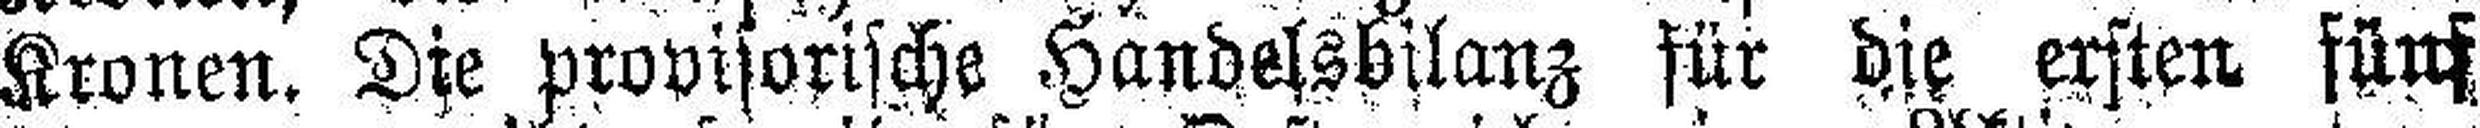
Kronen. Die provisorische Handelsbilanz für die ersten fünf